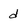
Character: d